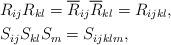
LaTeX: \begin{align*}& R_{ij}R_{kl}=\overline{R}_{ij} \overline{R}_{kl} =R_{ijkl}, \\& S_{ij}S_{kl}S_m = S_{ijklm},\end{align*}